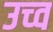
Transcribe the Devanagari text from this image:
उच्व